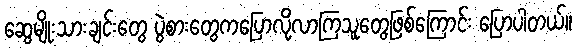
ဆွေမျိုးသားချင်းတွေ ပွဲစားတွေကပြောလို့လာကြသူတွေဖြစ်ကြောင်း ပြောပါတယ်။